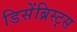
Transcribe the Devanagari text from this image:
डिसेंब्रिस्ट्स